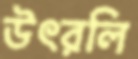
উৎরলি